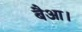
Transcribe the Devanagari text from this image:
बैआ।